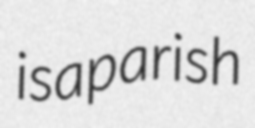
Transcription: is a parish